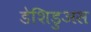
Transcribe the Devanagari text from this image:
डेशिडुअस